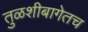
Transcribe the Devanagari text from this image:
तुळशीबागेतच